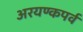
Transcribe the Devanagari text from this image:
अरयण्कपर्व